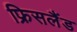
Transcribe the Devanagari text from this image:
फ्रिसलैंड